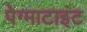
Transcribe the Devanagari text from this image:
पेग्माटाइट